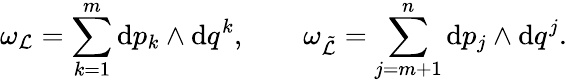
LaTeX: \omega_{\cal L}=\sum_{k=1}^{m}\mathrm{d}p_{k}\wedge\mathrm{d}q^{k},\qquad\omega_{\tilde{\cal L}}=\sum_{j=m+1}^{n}\mathrm{d}p_{j}\wedge\mathrm{d}q^{j}.